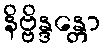
နိဗ္ဗိန္ဒန္တော